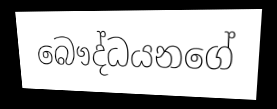
බෞද්ධයනගේ